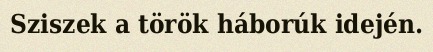
Sziszek a török háborúk idején.